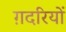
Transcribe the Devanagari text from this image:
ग़दरियों